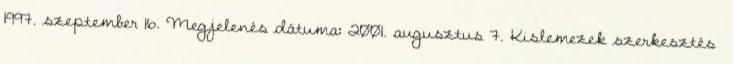
1997. szeptember 16. Megjelenés dátuma: 2001. augusztus 7. Kislemezek szerkesztés